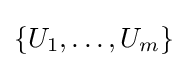
\{U_{1},\ldots ,U_{m}\}